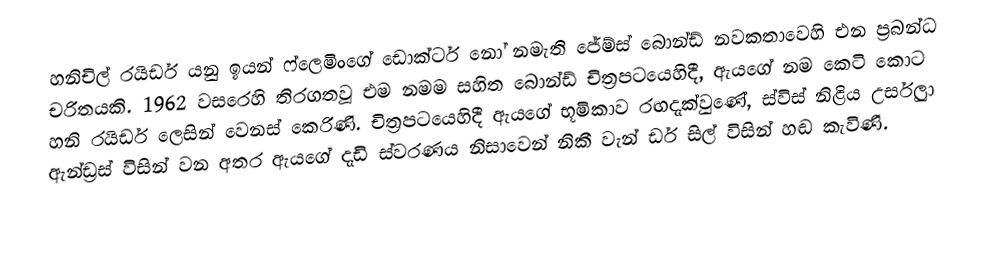
හනිචිල් රයිඩර් යනු  ඉයන් ෆ්ලෙමිංගේ  ඩොක්ටර් නෝ නමැති ජේම්ස් බොන්ඩ් නවකතාවෙහි එන ප්‍රබන්ධ චරිතයකි. 1962 වසරෙහි තිරගතවූ  එම නමම සහිත බොන්ඩ් චිත්‍රපටයෙහිදී, ඇයගේ නම කෙටි කොට හනි රයිඩර් ලෙසින් වෙනස් කෙරිණි. චිත්‍රපටයෙහිදී ඇයගේ භූමිකාව රඟදැක්වුණේ, ස්විස් නිළිය උර්සුලා ඇන්ඩ්‍රස් විසින් වන අතර ඇයගේ දැඩි ස්වරණය නිසාවෙන් නිකී වැන් ඩර් සිල් විසින් හඬ කැවිණි.